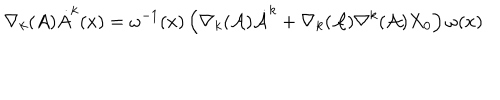
\nabla _ { k } ( A ) \dot { A } ^ { k } ( x ) = \omega ^ { - 1 } ( x ) \left( \nabla _ { k } ( { \cal A } ) { \dot { \cal A } } ^ { k } + \nabla _ { k } ( { \cal A } ) \nabla ^ { k } ( { \cal A } ) X _ { 0 } \right) \omega ( x )